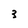
Character: 3